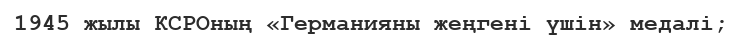
1945 жылы КСРОның «Германияны жеңгені үшін» медалі;